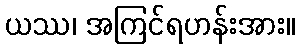
ယဿ၊ အကြင်ရဟန်းအား။